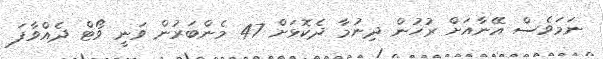
ނަމަވެސް އޭނާއަށް ރުހުން ދިނުމާ ދެކޮޅަށް 47 މެންބަރުން ވަނީ ވޯޓް ދެއްވާފަ